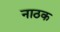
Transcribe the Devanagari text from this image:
नाठक